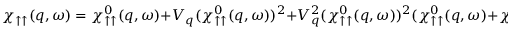
\chi _ { \uparrow \uparrow } ( q , \omega ) = \chi _ { \uparrow \uparrow } ^ { 0 } ( q , \omega ) + V _ { q } ( \chi _ { \uparrow \uparrow } ^ { 0 } ( q , \omega ) ) ^ { 2 } + V _ { q } ^ { 2 } ( \chi _ { \uparrow \uparrow } ^ { 0 } ( q , \omega ) ) ^ { 2 } ( \chi _ { \uparrow \uparrow } ^ { 0 } ( q , \omega ) + \chi _ { \downarrow \downarrow } ^ { 0 } ( q , \omega ) ) + . . .